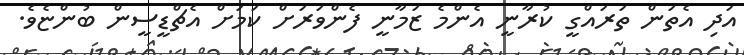
އަދި އެތަން ތަރައްގީ ކުރާނީ އެންމެ ޒަމާނީ ފެންވަރަށް ކަމަށް އެޗްޑީސީން ބުންޏެވެ.